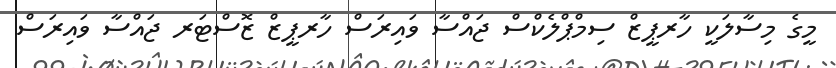
މީގެ މިސާލަކީ ހާރޕީޒް ސިމްޕްލެކްސް ޖައްސާ ވައިރަސް ހާރޕީޒް ޒޮސްޓަރ ޖައްސާ ވައިރަސް